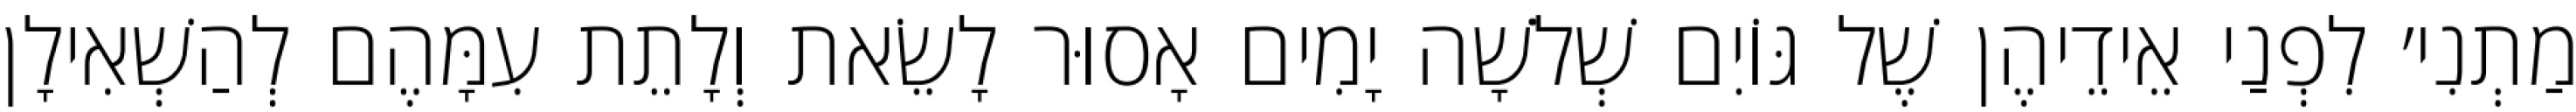
מַתְנִי׳ לִפְנַי אֵידֵיהֶן שֶׁל גּוֹיִם שְׁלֹשָׁה יָמִים אָסוּר לָשֵׂאת וְלָתֵת עִמָּהֶם לְהַשְׁאִילָן